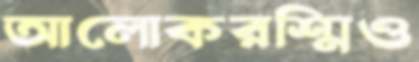
আলোকরশ্মিও